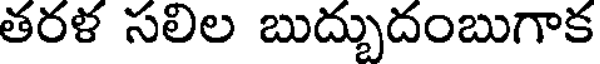
తరళ సలిల బుద్బుదంబుగాక